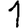
Digit: 1